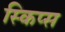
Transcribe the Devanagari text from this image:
स्किप्स